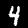
Label: 4